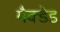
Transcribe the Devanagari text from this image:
मैक्डेड